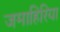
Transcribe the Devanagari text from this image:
जमाहिरिया